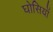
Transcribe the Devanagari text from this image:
घोसियों